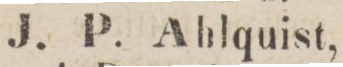
J. P. Ahlquist,